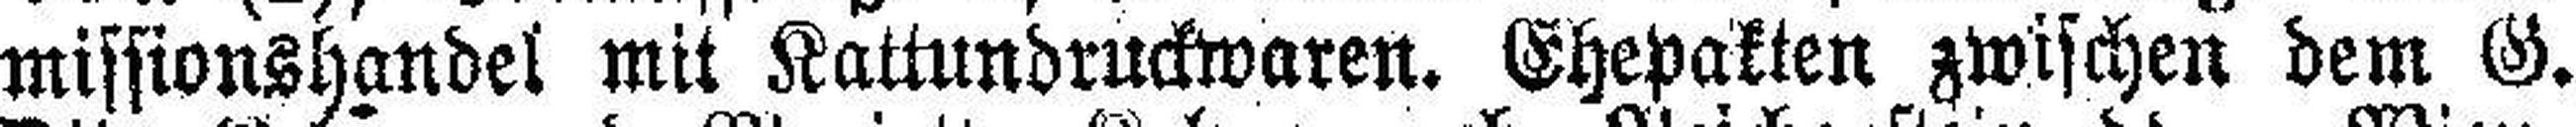
missionshandel mit Kattundruckwaren. Ehepakten zwischen dem G.